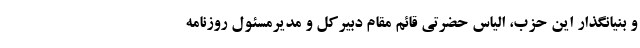
و بنیانگذار این حزب، الیاس حضرتی قائم مقام دبیرکل و مدیرمسئول روزنامه